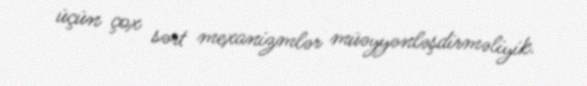
üçün çox sərt mexanizmlər müəyyənləşdirməliyik.